Annual administration and progress report of the Indian Medical Department, Bombay
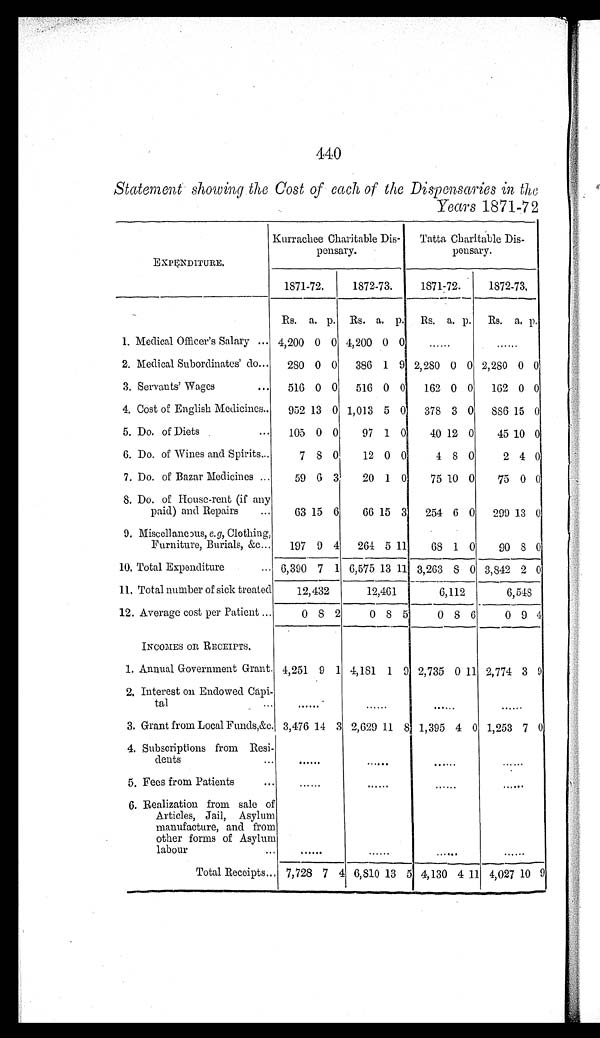
440
Statement showing the Cost of each of the Dispensaries in the
Years 1871-72
EXPENDITURE.
Kurrachee Charitable Dis-
pensary.
Tatta Charitable Dis
-
pensary.
1871-72.
1872-73.
1871-72.
1872-73.
Rs. a. p. Rs. a. p.
Rs. a. p.
Rs. a. p.
1. Medical Officer's Salary . . . 4,200 0 0 4,200 0 0
. . .
. . .
2. Medical Subordinates' do . . .
280 0 0
386 1 9 2,280 0 0 2,280 0 0
3. Servants' Wages . . .
516 0 0
516 0 0
162 0 0
162 0 0
4. Cost of English Medicines . . .
952 13 0 1,013 5 0
378 3 0
886 15 0
5. Do. of Diets . . .
105 0 0
97 1 0
40 12 0
45 10 0
6. Do. of Wines and Spirits . . .
7 8 0
12 0 0
4 8 0
2 4 0
7. Do. of Bazar Medicines . . .
59 6 3
20 1 0
75 10 0
75 0 0
8. Do. of House-rent (if any
paid) and Repairs . . .
63 15 6
66 15 3
254 6 0
299 13 0
9. Miscellaneous, e.g, Clothing,
Furniture, Burials, &c . . .
197 9 4
264 5 11
68 1 0
90 8 0
10. Total Expenditure . . .
6,390 7 1 6,575 13 11 3,263
8 0 3,842 2 0
11. Total number of sick treated
12,432
12,461
6,112
6,548
12. Average cost per Patient . . .
0
8 2
0 8 5
0
8 6
0 9 4
INCOMES OR RECEIPTS.
1. Annual Government Grant. 4,251 9 1 4,181 1 9 2,735 0 11 2,774 3 9
2. Interest on Endowed Capi
-tal . . .
. . .
. . .
. . .
. . .
3. Grant from Local Funds, &c. 3,476 14 3 2,629 11
8 1,395 4 0 1,253 7 0
4. Subscriptions from Resi
-dents . . .
. . .
. . .
. . .
. . .
5. Fees from Patients . . .
. . .
. . .
. . .
. . .
6. Realization from sale of
Articles, Jail, Asylum
manufacture, and from
other forms of Asylum
labour . . .
. . .
. . .
. . .
. . .
Total Receipts . . . 7,728 7 4 6,810 13
5 4,130 4 11 4,027 10 9